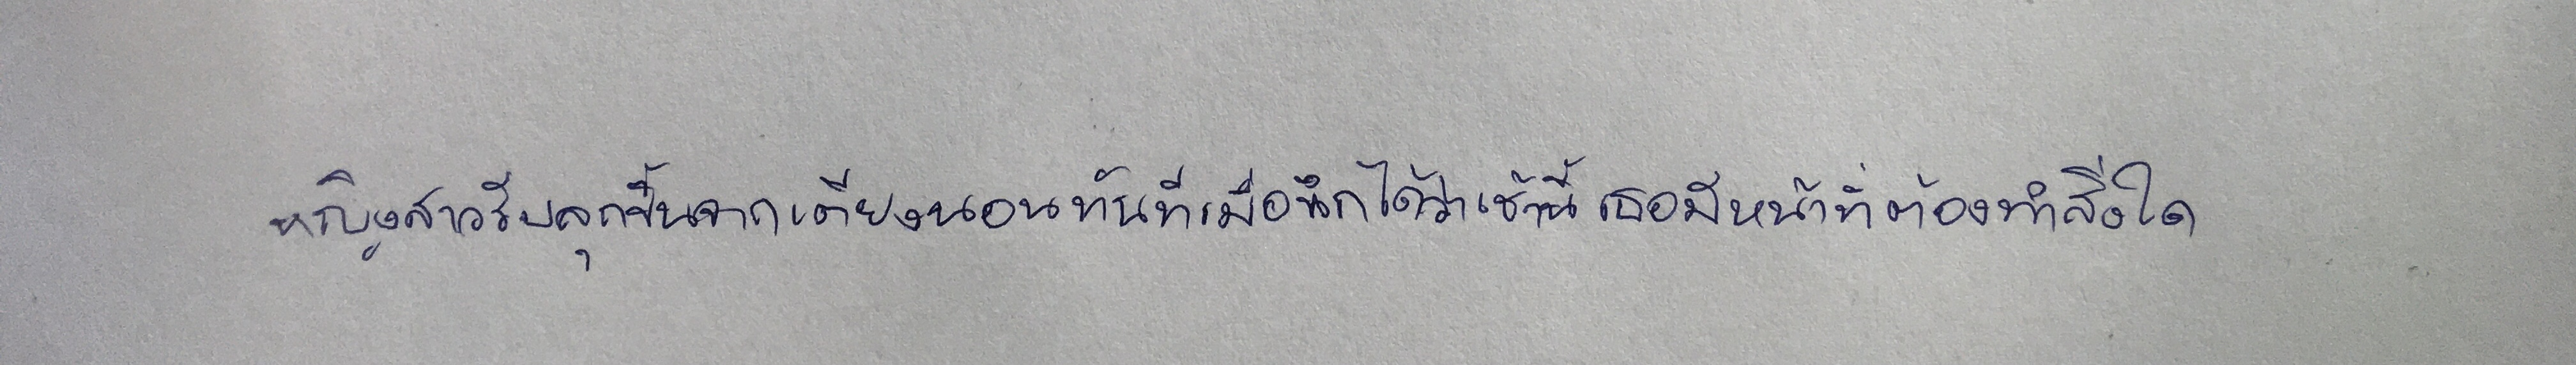
หญิงสาวรีบลุกขึ้นจากเตียงนอนทันทีเมื่อนึกได้ว่าเช้านี้เธอมีหน้าที่ต้องทำสิ่งใด